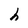
Character: h